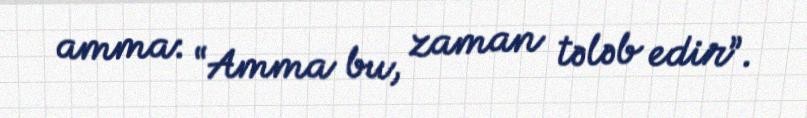
amma: “Amma bu, zaman tələb edir”.